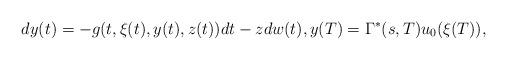
LaTeX: \begin{align*}dy(t)=-g(t,\xi(t),y(t),z(t))dt-zdw(t),y(T)=\Gamma^*(s,T)u_0(\xi(T)),\end{align*}